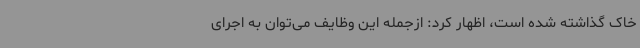
خاک گذاشته شده است، اظهار کرد: ازجمله این وظایف می‌توان به اجرای